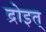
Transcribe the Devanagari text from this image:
द्रोइत्